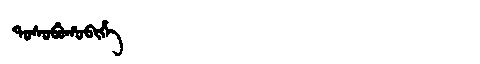
Manchu: ᡨᠣᠰᠣᠪᡠᡥᠣᠪᡳᡥᡝ
Romanization: TOSOBUHOBIHE